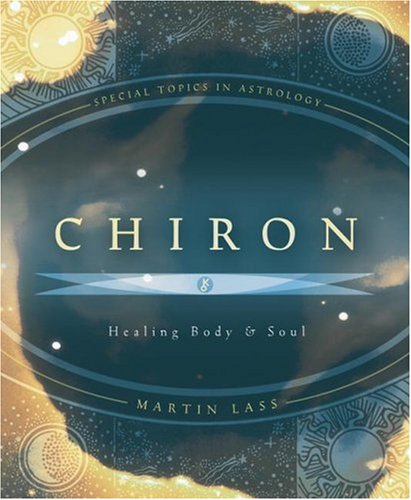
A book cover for Chiron: Healing Body & Soul (Special Topics in Astrology Series); Martin Lass; Science & Math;